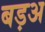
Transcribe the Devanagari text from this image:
बड़अ